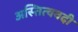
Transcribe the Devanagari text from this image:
अस्तित्ववदी